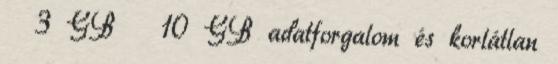
3 GB 10 GB adatforgalom és korlátlan